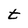
Character: t